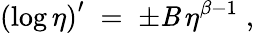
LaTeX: \left(\log\eta\right)^{\prime}\; =\; \pm\mathit{B}\, \eta^{\beta-1}\; ,